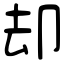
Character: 却